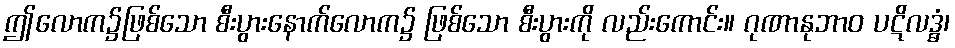
ဤလောက၌ဖြစ်သော စီးပွားနောက်လောက၌ ဖြစ်သော စီးပွားကို လည်းကောင်း။ ဂုဏာနုဘာဝ ပဋိလဒ္ဓံ၊